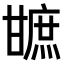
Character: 𤯋